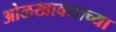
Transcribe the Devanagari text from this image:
ओळखावयाच्या